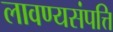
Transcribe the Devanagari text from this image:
लावण्यसंपत्ति